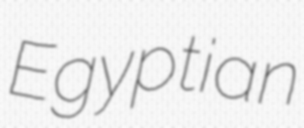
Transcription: Egyptian